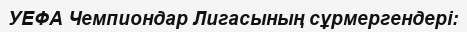
УЕФА Чемпиондар Лигасының сұрмергендері: